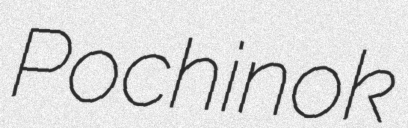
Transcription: Pochinok